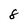
Character: 8